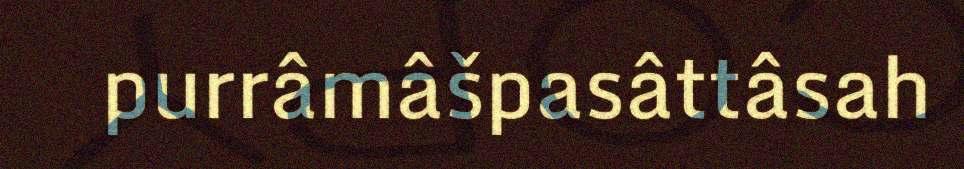
purrâmâšpasâttâsah